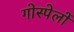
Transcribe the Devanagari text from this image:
गोस्पेलों